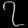
Digit: ၇